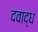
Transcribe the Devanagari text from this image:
दवाद्ध